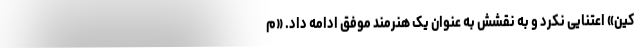
کین» اعتنایی نکرد و به نقشش به عنوان یک هنرمند موفق ادامه داد. «م